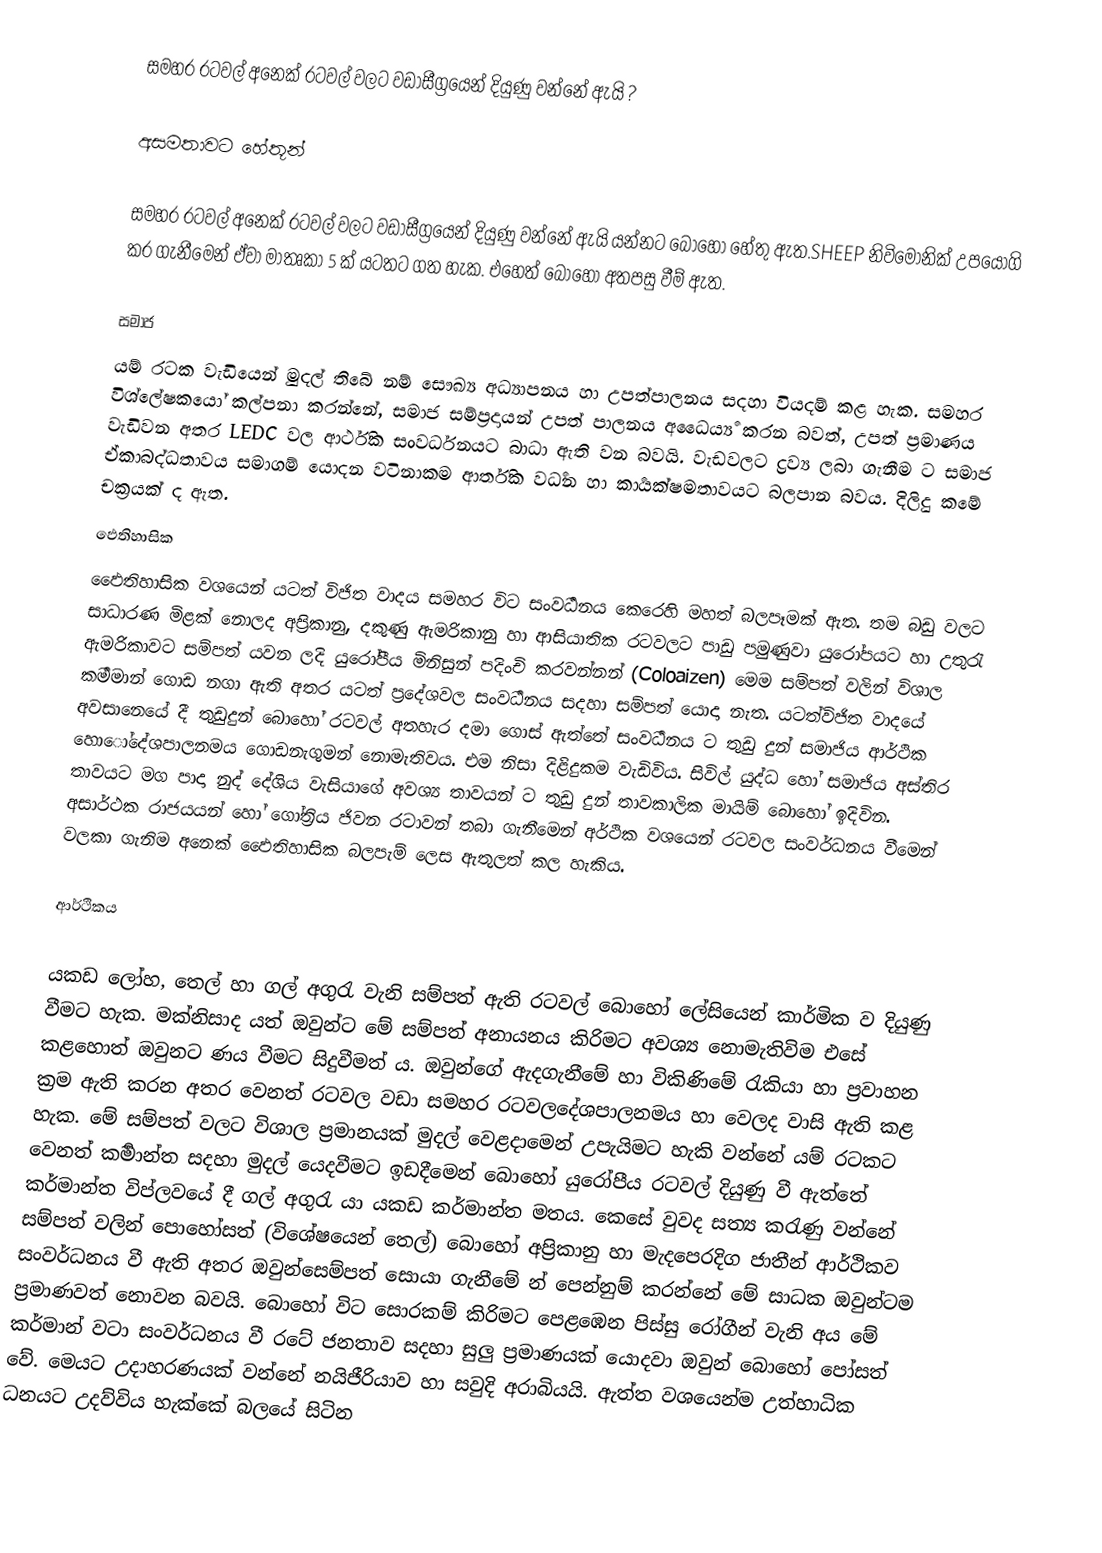
සමහර රටවල් අනෙක් රටවල් වලට වඩාසීග්‍රයෙන් දියුණු වන්නේ ඇයි  ?

අසමතාවට හේතූන්

සමහර රටවල් අනෙක් රටවල් වලට වඩාසීග්‍රයෙන් දියුණු වන්නේ ඇයි යන්නට බොහෝ හේතු ඇත.SHEEP  නිවිමොනික් උපයෝගි කර ගැනීමෙන් ඒවා මාතෘකා 5 ක් යටතට ගත හැක. එහෙත් බො‍හෝ අතපසු වීම් ඇත.

සමාජ
යම් රටක වැඩියෙන් මුදල් තිබේ නම් සෞඛ්‍ය අධ්‍යාපනය හා උපත්පාලනය සදහා වියදම් කළ හැක. සමහර විශ්ලේෂකයෝ කල්පනා කරන්නේ, සමාජ සම්ප්‍රදායන් උපත් පාලනය අධෛර්‍ය්‍ය කරන බවත්, උපත් ප්‍රමාණය වැඩිවන අතර LEDC වල ආර්ථික සංවර්ධනයට බාධා ඇති වන බවයි. වැඩවලට ද්‍රව්‍ය ලබා ගැනීම ට සමාජ ඒකාබද්ධතාවය සමාගම් යොදන වටිනාකම ආර්තික වර්‍ධන හා කාර්‍යක්ෂමතාවයට බලපාන බවය. දිලිදු කමේ චක්‍රයක් ද ඇත.‍
ඵෙතිහාසික
ඵෛතිහාසික වශයෙන් යටත් විජිත වාදය සමහර විට සංවර්‍ධනය කෙරෙහි මහත් බලපෑමක් ඇත. තම බඩු වලට සාධාරණ මිළක් නොලද අප්‍රිකානු, දකුණු ඇමරිකානු හා ආසියාතික රටවලට පාඩු පමුණුවා යුරෝපයට හා උතුරැ ඇමරිකාවට  සම්පත් යවන ලදි යුරෝපීය මිනිසුන් පදිංචි කරවන්නන් (Coloaizen) මෙම සම්පත් වලින් විශාල කර්‍මමාන් ගොඩ නගා ඇති අතර යටත් ප්‍රදේශවල සංවර්‍ධනය සදහා  සම්පත් යොදා නැත. යටත්විජිත වාදයේ අවසානෙයේ දී තුඩුදුන් බොහෝ රටවල්  අතහැර දමා ගොස් ඇත්තේ සංවර්‍ධනය ට තුඩු දුන් සමාජිය ආර්ථික හොෝදේශපාලනමය ගොඩනැගුමන් නොමැතිවය. එම නිසා දිළිදුකම වැඩිවිය. සිවිල් යුද්ධ හෝ සමාජිය අස්තිර තාවයට මග පාදා නුද් දේශිය වැසියාගේ අවශ්‍ය තාවයන් ට තුඩු දුන් තාවකාලික මායිම් බොහෝ ඉදිවින. අසාර්ථක රාජයයන් හෝ ගෝත්‍රිය ජිවන රටාවන් තබා ගැනීමෙන් අර්ථික වශයෙන් රටවල සංවර්ධනය වීමෙන් වලකා ගැනිම අනෙක් ‍ඵෛතිහාසික  බලපැම් ලෙස ඇතුලත් කල හැකිය.

ආර්ථිකය

යකඩ ලෝහ, තෙල් හා ගල් අගුරැ වැනි සම්පත් ඇති රටවල් බොහෝ ලේසියෙන් කාර්මික ව දියුණු වීමට හැක.  මක්නිසාද යත් ඔවුන්ට  මේ සම්පත් අනායනය කිරිමට අවශ්‍ය නොමැතිවිම එසේ කළහොත් ඔවුනට ණය වීමට සිදුවීමත් ය. ඔවුන්ගේ ඇදගැනීමේ හා විකිණිමේ රැකියා හා ප්‍රවාහන ක්‍රම ඇති කරන අතර වෙනත් රටවල වඩා සමහර රටවල‍දේශපාලනමය හා වෙලද වාසි ඇති කළ හැක. මේ සම්පත් වලට විශාල ප්‍රමානයක් මුදල් වෙළදාමෙන් උපැයිමට  හැකි වන්නේ යම් රටකට වෙනත් කර්‍මාන්ත සදහා මුදල් යෙදවීමට ඉඩදීමෙන් බොහෝ යුරෝපීය රටවල් දියුණු වී ඇත්තේ කර්මාන්ත විප්ලවයේ දී ගල් අගුරැ යා යකඩ කර්මාන්ත මතය. කෙසේ වුවද සත්‍ය කරැණු වන්නේ සම්පත් වලින් පොහෝසත් (විශේෂයෙන් තෙල්) බොහෝ  අප්‍රිකානු හා මැදපෙරදිග ජාතීන් ආර්ථිකව සංවර්ධනය වී ඇති අතර ඔවුන්‍සෙම්පත් සොයා ගැනීමේ න් පෙන්නුම් කරන්නේ මේ සාධක ඔවුන්ටම ප්‍රමාණවත් නොවන බවයි. බොහෝ විට සොරකම් කිරිමට පෙළඹෙන පිස්සු රෝගීන් වැනි අය මේ කර්මාන් වටා සංවර්ධනය වී රටේ ජනතාව සදහා සුලු ප්‍රමාණයක් යොදවා ඔවුන් බොහෝ පෝසත් වේ. ‍මෙයට උදාහරණයක් වන්නේ නයිජීරියාව හා සවුදි අරාබියයි. ඇත්ත වශයෙන්ම උත්හාධික ධනයට උදව්විය හැක්කේ බලයේ සිටින